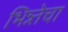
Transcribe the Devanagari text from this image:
भिन्न्तेचा